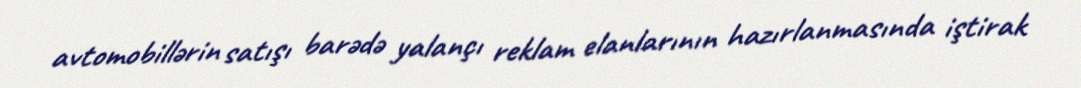
avtomobillərin satışı barədə yalançı reklam elanlarının hazırlanmasında iştirak